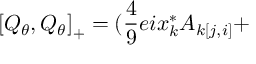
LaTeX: \left[ Q _ { \theta } , Q _ { \theta } \right] _ { + } = ( \frac { 4 } { 9 } e i x _ { k } ^ { * } A _ { k [ j , i ] } +